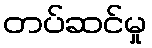
တပ်ဆင်မှု